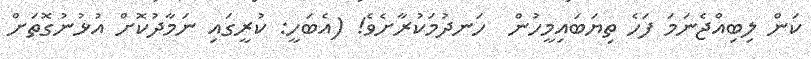
ކަން ލިބިއްޖެނަމަ ފަހެ ތިޔަބައިމީހުން  ހަނދުމަކުރާށެވެ! (އެބަހީ: ކުރީގައި ނަމާދުކޮށް އުޅުނުގޮތަށް